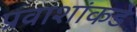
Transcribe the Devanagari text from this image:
प्रवाशांकडे